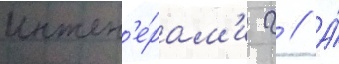
инжен'е́рам'и г // А́